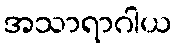
အသာရာဂါယ